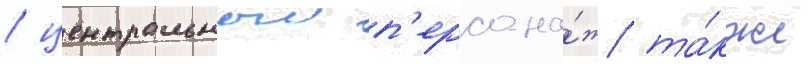
/ центральныи п'ерсона́ж та́кже